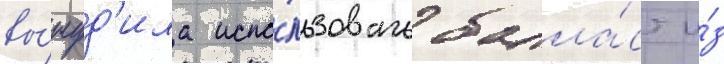
вы́нуд'ила испо́льзовать балла́ст и́з